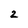
Character: 2